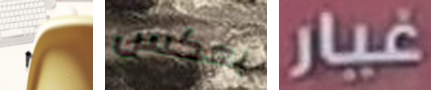
٠ بعكس غيار